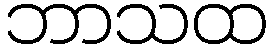
ဘာသထ